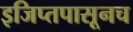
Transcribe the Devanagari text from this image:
इजिप्तपासूनच